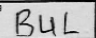
Transcription: BUL